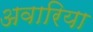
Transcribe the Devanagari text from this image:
अवारिया